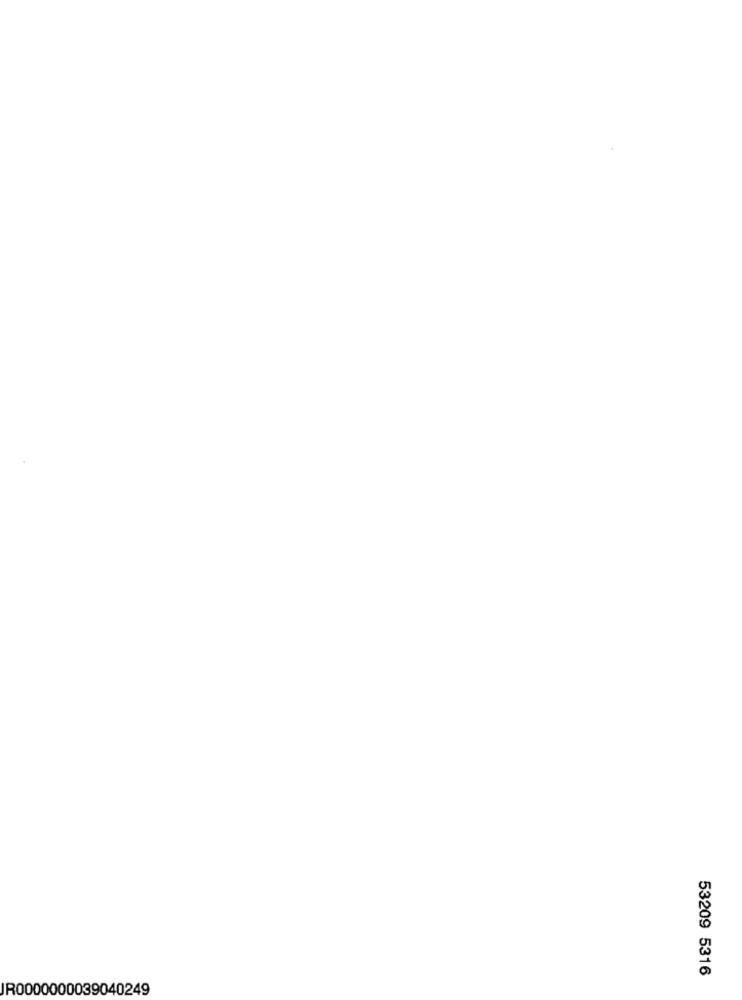
53209 5316
JR0000000039040249